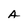
Character: A